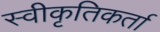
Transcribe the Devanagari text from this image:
स्वीकृतिकर्ता